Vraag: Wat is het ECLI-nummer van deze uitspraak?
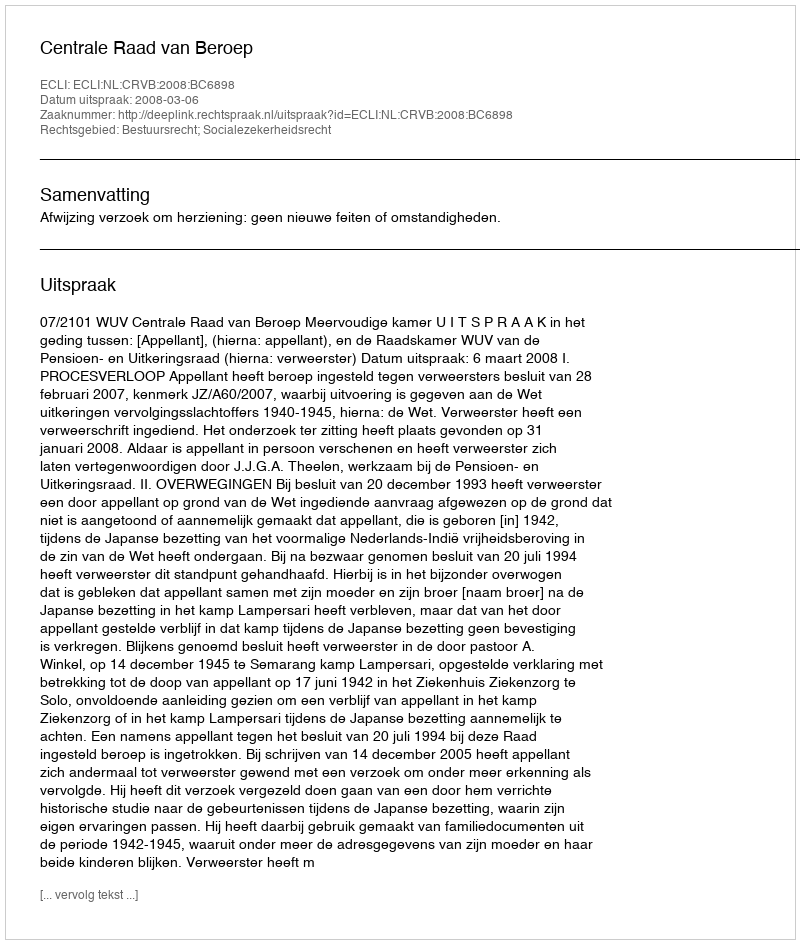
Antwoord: ECLI:NL:CRVB:2008:BC6898